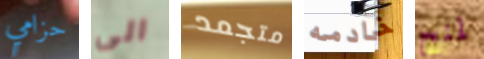
حزامي الى متجمد خادمه لمنح